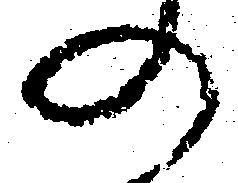
の